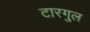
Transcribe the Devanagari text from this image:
टारगुल